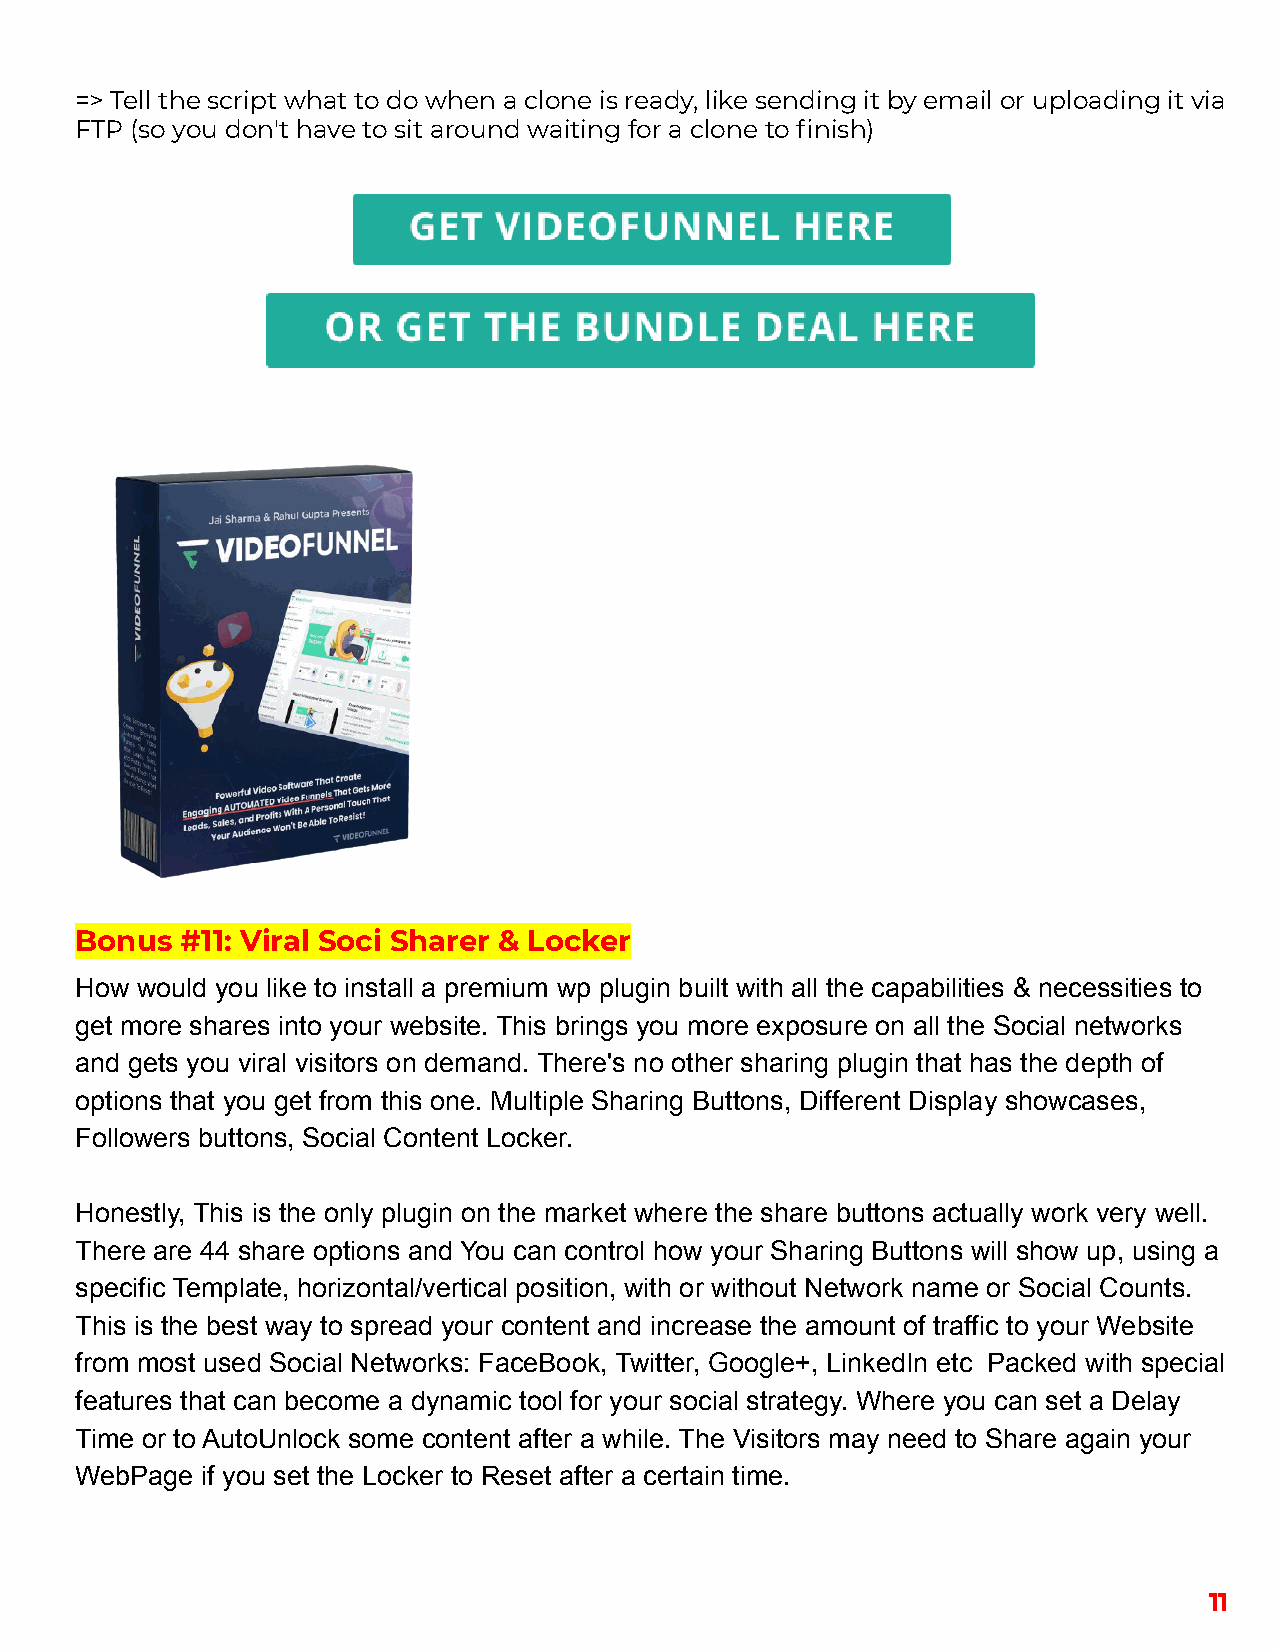
=> Tell the script what to do when a clone is ready, like sending it by email or uploading it via
 FTP (so you don't have to sit around waiting for a clone to finish)
 Bonus  #11: Viral Soci Sharer & Locker
 How would you like to install a premium wp plugin built with all the capabilities & necessities to
 get more shares into your website. This brings you more exposure on all the Social networks
 and gets you viral visitors on demand. There's no other sharing plugin that has the depth of
 options that you get from this one. Multiple Sharing Buttons, Different Display showcases,
 Followers buttons, Social Content Locker.
 Honestly, This is the only plugin on the market where the share buttons actually work very well.
 There are 44 share options and You can control how your Sharing Buttons will show up, using a
 specific Template, horizontal/vertical position, with or without Network name or Social Counts.
 This is the best way to spread your content and increase the amount of traffic to your Website
 from most used Social Networks: FaceBook, Twitter, Google+, LinkedIn etc Packed with special
 features that can become a dynamic tool for your social strategy. Where you can set a Delay
 Time or to AutoUnlock some content after a while. The Visitors may need to Share again your
 WebPage if you set the Locker to Reset after a certain time.
 11